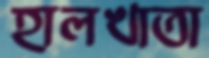
হালখাতা